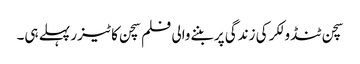
سچن ٹنڈولکر کی زندگی پر بننےوالی فلم سچن کا ٹیزر پہلے ہی۔